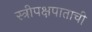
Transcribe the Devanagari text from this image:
स्त्रीपक्षपाताची